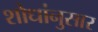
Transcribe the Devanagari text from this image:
शोधांनुसार